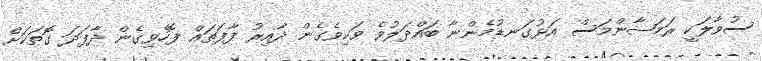
ސުވާލަކީ ރަމަޟާންމަސް އަޅުގަނޑުމެންނާ ބައްދަލުވެ ވަކިވެގެން ދާއިރު ފާފަތައް ފޮހެވިގެން ދާފަދަ ގޮތަކަށް